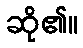
ဆို၏။